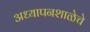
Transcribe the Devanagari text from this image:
अध्यापनशाळेचे